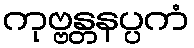
ကုဗ္ဗန္တနပ္ပကံ